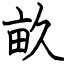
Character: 畝